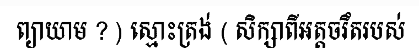
ព្យាយាម ? ) ស្មោះត្រង់ ( សិក្សាពីអត្តចរឹតរបស់